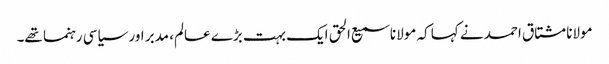
مولانا مشتاق احمد نے کہا کہ مولانا سمیع الحق ایک بہت بڑے عالم، مدبر اور سیاسی رہنما تھے۔